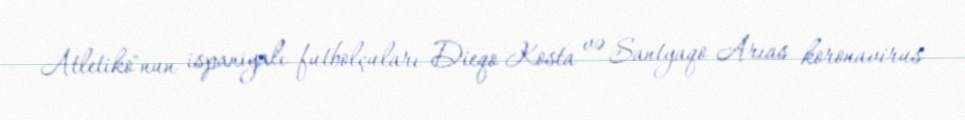
Atletiko"nun ispaniyalı futbolçuları Dieqo Kosta və Santyaqo Arias koronavirus